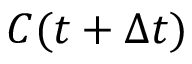
C ( t + \Delta t )